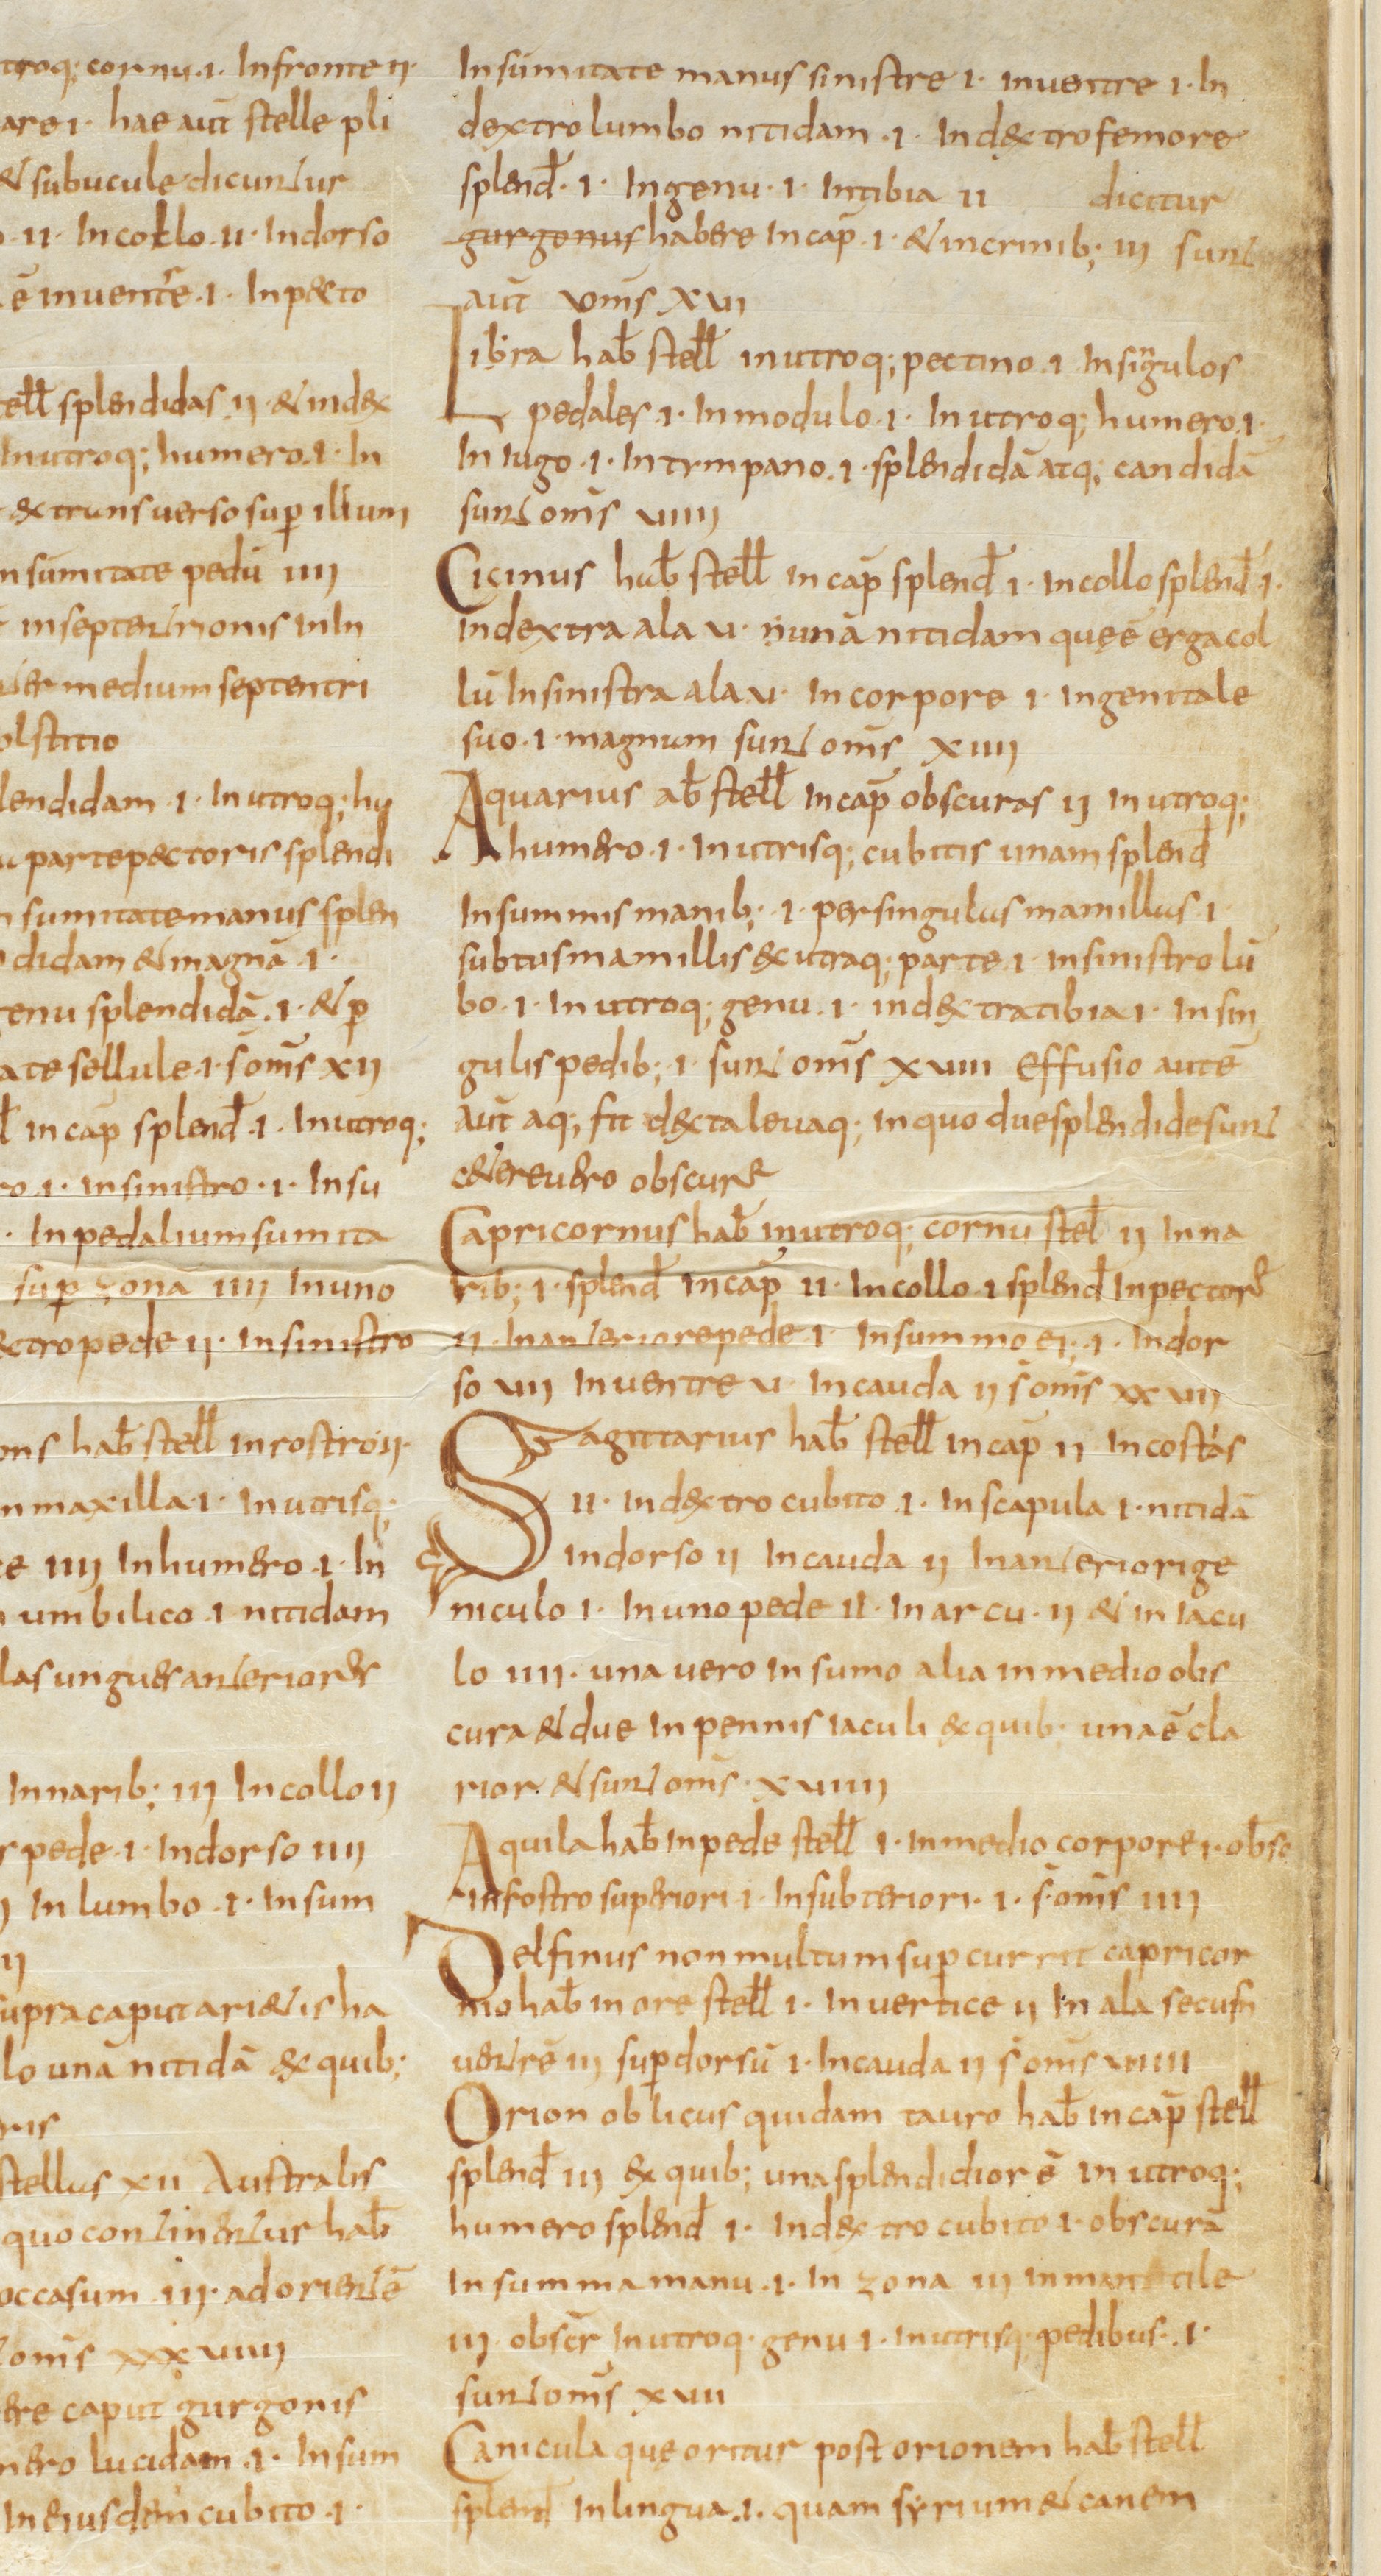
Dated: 800–999